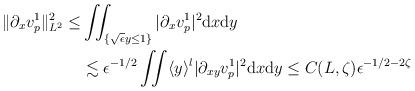
LaTeX: \begin{align*}\begin{aligned}\Vert \partial_x v^1_p\Vert_{L^2}^2 \leq &\iint_{\{\sqrt{\epsilon}y\leq 1\}} | \partial_x v^1_p|^2\mathrm{d}x\mathrm{d}y \\&\lesssim\epsilon^{-1/2}\iint \langle y\rangle^l |\partial_{xy}v^1_p|^2\mathrm{d}x\mathrm{d}y \leq C(L,\zeta)\epsilon^{-1/2-2\zeta}\end{aligned}\end{align*}